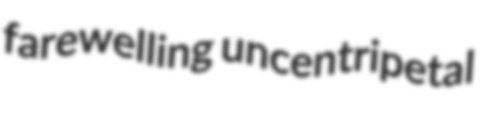
farewelling uncentripetal